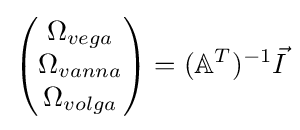
{\begin{pmatrix}\Omega _{vega}\\\Omega _{vanna}\\\Omega _{volga}\end{pmatrix}}=(\mathbb {A} ^{T})^{-1}{\vec {I}}